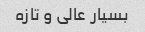
بسیار عالی و تازه